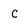
Character: C